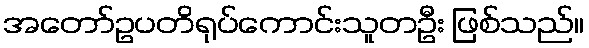
အတော်ဥပတိရုပ်ကောင်းသူတဦး ဖြစ်သည်။